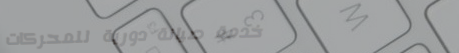
خدمة صيانة دورية للمحركات